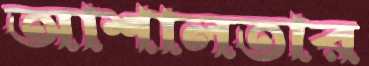
আশালতার